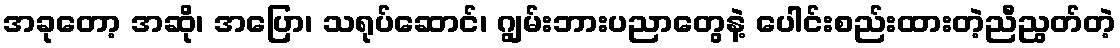
အခုတော့ အဆို၊ အပြော၊ သရုပ်ဆောင်၊ ဂျွမ်းဘားပညာတွေနဲ့ ပေါင်းစည်းထားတဲ့ညီညွတ်တဲ့